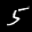
Label: 5